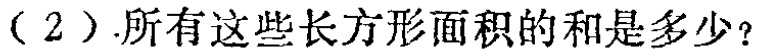
（2）.所有这些长方形面积的和是多少？